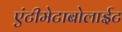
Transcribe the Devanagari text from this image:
एंटीमेटाबोलाईट